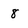
Character: 8